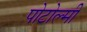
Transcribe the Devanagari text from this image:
पोटोल्मी